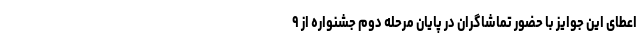
اعطای این جوایز با حضور تماشاگران در پایان مرحله دوم جشنواره از ۹